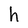
Character: h